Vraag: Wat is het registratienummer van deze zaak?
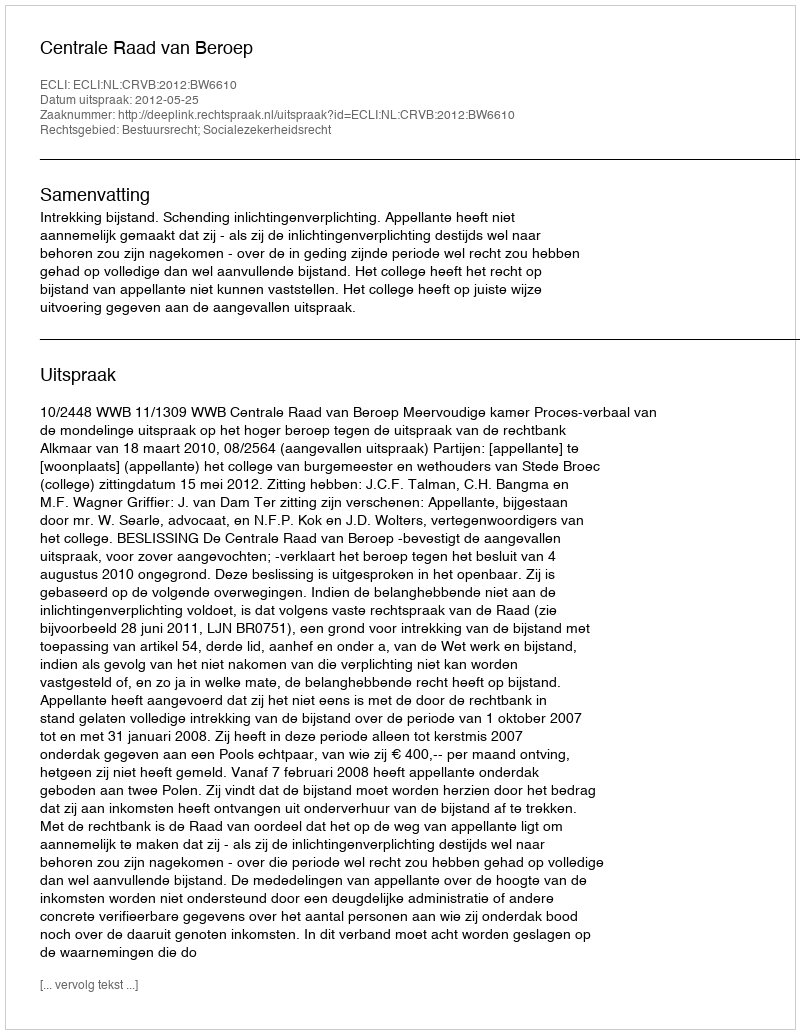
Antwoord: http://deeplink.rechtspraak.nl/uitspraak?id=ECLI:NL:CRVB:2012:BW6610